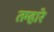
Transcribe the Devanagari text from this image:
तम्हारे